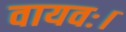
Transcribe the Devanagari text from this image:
वायवः।